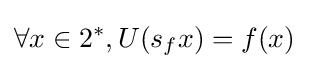
\forall x\in 2^{*},U(s_{f}x)=f(x)